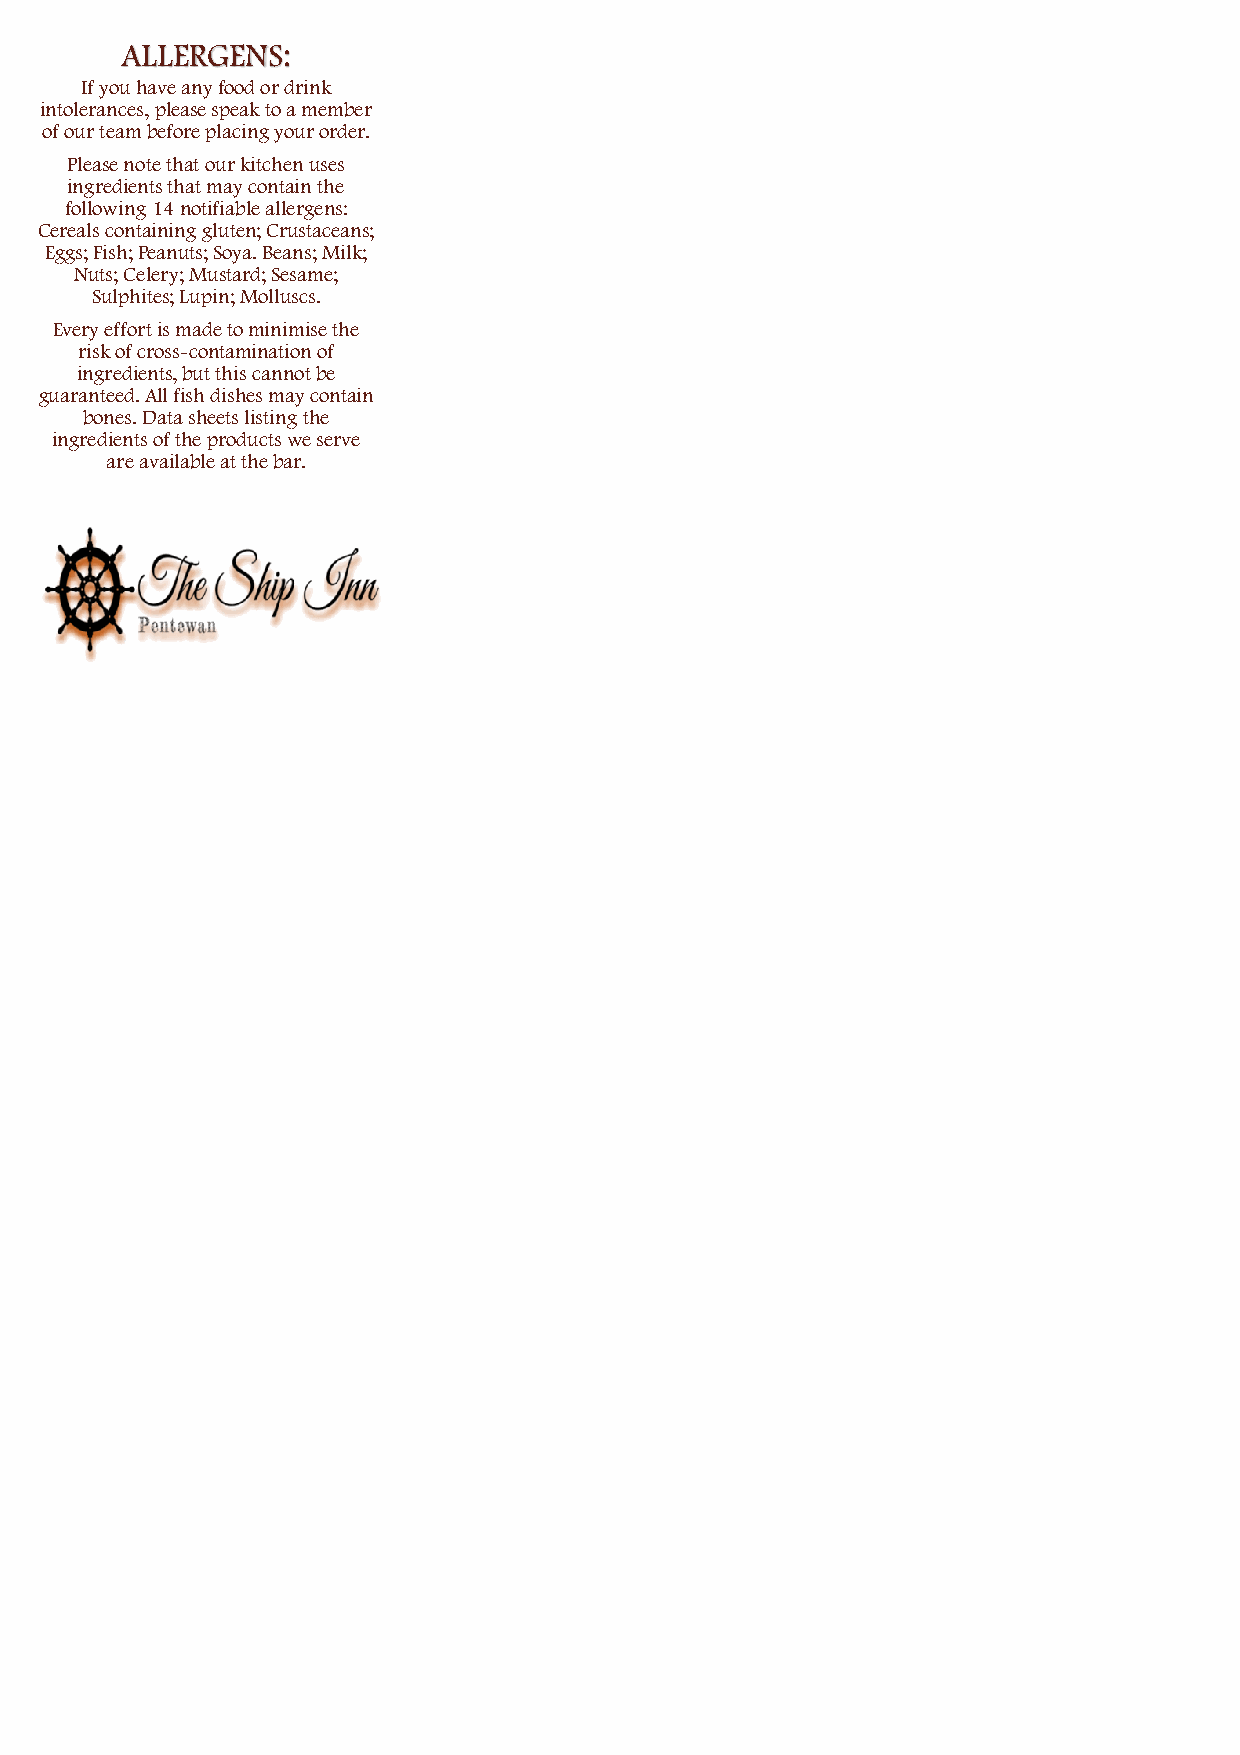
ALLERGENS:
 If you have any food or drink
 intolerances, please speak to a member
 of our team before placing your order.
 Please note that our kitchen uses
 ingredients that may contain the
 following 14 notifiable allergens:
 Cereals containing gluten; Crustaceans;
 Eggs; Fish; Peanuts; Soya. Beans; Milk;
 Nuts; Celery; Mustard; Sesame;
 Sulphites; Lupin; Molluscs.
 Every effort is made to minimise the
 risk of cross-contamination of
 ingredients, but this cannot be
 guaranteed. All fish dishes may contain
 bones. Data sheets listing the
 ingredients of the products we serve
 are available at the bar.